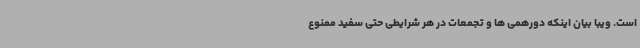
است. ویبا بیان اینکه دورهمی ها و تجمعات در هر شرایطی حتی سفید ممنوع